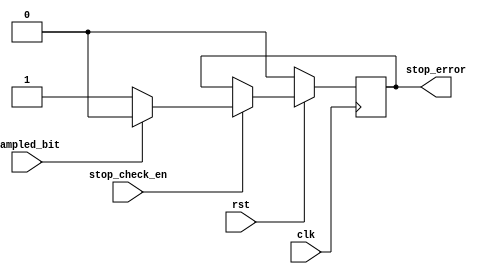
module stop_check(
    input stop_check_en,
    input sampled_bit,
    input clk,rst,
    output reg stop_error
);
always @(posedge clk) begin
    if (!rst) begin
        stop_error<=1'b0;
    end
    else if (stop_check_en) begin
        stop_error<=(sampled_bit)?1'b0:1'b1;
    end
end
endmodule